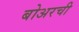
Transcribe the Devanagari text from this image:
बोअरची